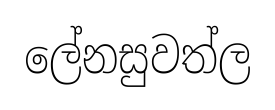
ලේනසුවත්ල